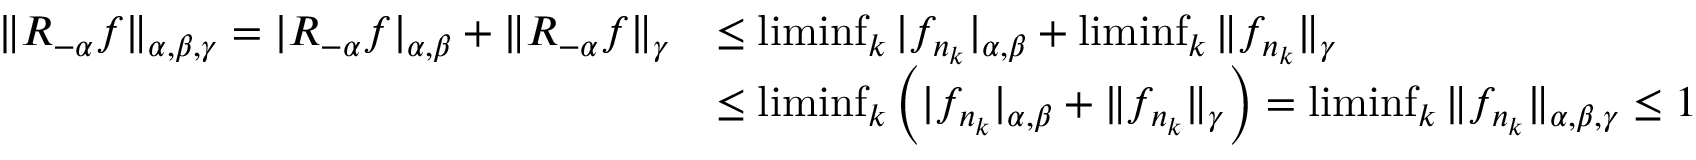
\begin{array} { r l } { \| R _ { - \alpha } f \| _ { \alpha , \beta , \gamma } = | R _ { - \alpha } f | _ { \alpha , \beta } + \| R _ { - \alpha } f \| _ { \gamma } } & { \leq \operatorname* { l i m i n f } _ { k } | f _ { n _ { k } } | _ { \alpha , \beta } + \operatorname* { l i m i n f } _ { k } \| f _ { n _ { k } } \| _ { \gamma } } \\ & { \leq \operatorname* { l i m i n f } _ { k } \left( | f _ { n _ { k } } | _ { \alpha , \beta } + \| f _ { n _ { k } } \| _ { \gamma } \right) = \operatorname* { l i m i n f } _ { k } \| f _ { n _ { k } } \| _ { \alpha , \beta , \gamma } \leq 1 \, } \end{array}